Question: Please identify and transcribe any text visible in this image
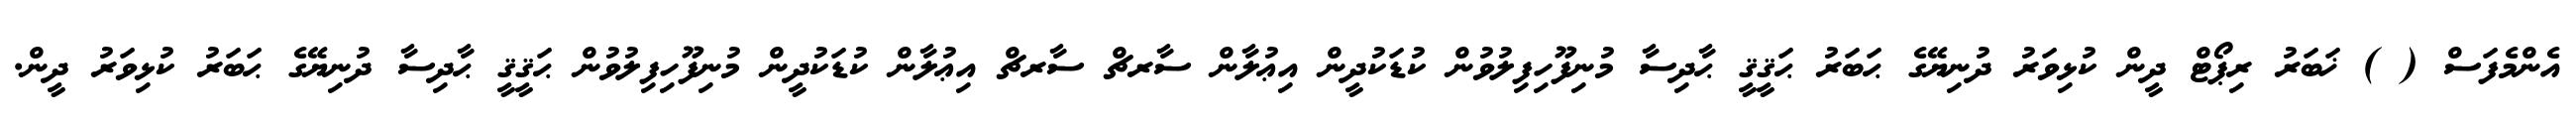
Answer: އެންމެފަސް ( ) ޚަބަރު ރިޕޯޓް ދީން ކުޅިވަރު ދުނިޔޭގެ ޙަބަރު ޙަޤީޤީ ޙާދިސާ މުނިފޫހިފިލުވުން ކުޑަކުދީން އިޢުލާން ސާރޗް ސާރޗް އިޢުލާން ކުޑަކުދީން މުނިފޫހިފިލުވުން ޙަޤީޤީ ޙާދިސާ ދުނިޔޭގެ ޙަބަރު ކުޅިވަރު ދީން.